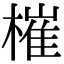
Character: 槯